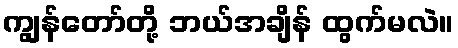
ကျွန်တော်တို့ ဘယ်အချိန် ထွက်မလဲ။